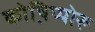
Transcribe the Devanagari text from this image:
कोष़िप्पोरू